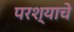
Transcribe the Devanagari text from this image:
परश्याचे